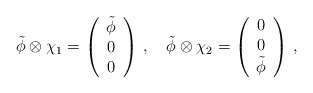
\begin{align*}\tilde \phi \otimes \chi_1 = \left(\begin{array}{c}\tilde \phi \\0 \\0\end{array}\right) \, , \quad\tilde \phi \otimes \chi_2 = \left(\begin{array}{c}0 \\0 \\\tilde \phi \end{array}\right) \, ,\end{align*}